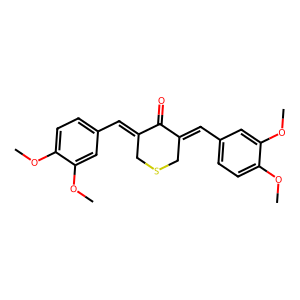
SMILES: COc1ccc(C=C2CSCC(=Cc3ccc(OC)c(OC)c3)C2=O)cc1OC
Inhibits HIV replication: No